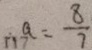
a = \frac { 8 } { 7 }